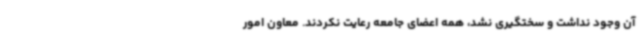
آن وجود نداشت و سختگیری نشد، همه اعضای جامعه رعایت نکردند. معاون امور